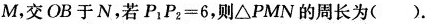
于M，交OB于N，若$$P_{1}P_{2}=6$$，则\triangle PMN的周长为( )。